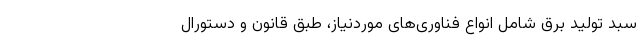
سبد تولید برق شامل انواع فناوری‌های موردنیاز، طبق قانون و دستورال